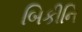
બિકીનિ